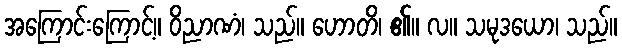
အကြောင်းကြောင့်။ ဝိညာဏံ၊ သည်။ ဟောတိ၊ ၏။ လ။ သမုဒယော၊ သည်။